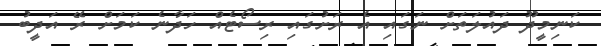
ކަނިމީދޫ ދައުލަތަށް ނަގައި އެ ރަށުގައި ރިސޯޓެއް ހަދާނެ ކަމަށް ރޭ އަދީބު